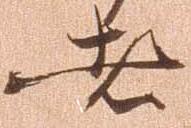
者